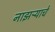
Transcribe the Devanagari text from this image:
नाझऱ्याचे